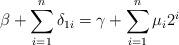
LaTeX: \begin{align*}\beta+\sum\limits^{n}_{i=1}\delta_{1i}=\gamma+\sum\limits^{n}_{i=1}\mu_{i}2^{i}\end{align*}